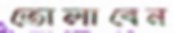
তোলাবেন